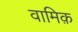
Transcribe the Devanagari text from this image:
वामिक़